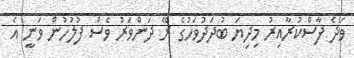
ވަދެ ފާސްކުރާއިރު މިދިޔަ ބުދަދުވަހުގެ ރޭ ދަންވަރު ވެސް ފުލުހުން ވަނީ އެ